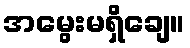
အမွေးမရှိချေ။